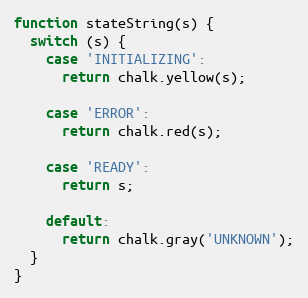
Language: JavaScript
function stateString(s) {
  switch (s) {
    case 'INITIALIZING':
      return chalk.yellow(s);

    case 'ERROR':
      return chalk.red(s);

    case 'READY':
      return s;

    default:
      return chalk.gray('UNKNOWN');
  }
}